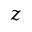
z _ { \l }